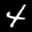
Label: 4